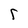
Character: r